Scottish Leaving Certificate Examination, 1959
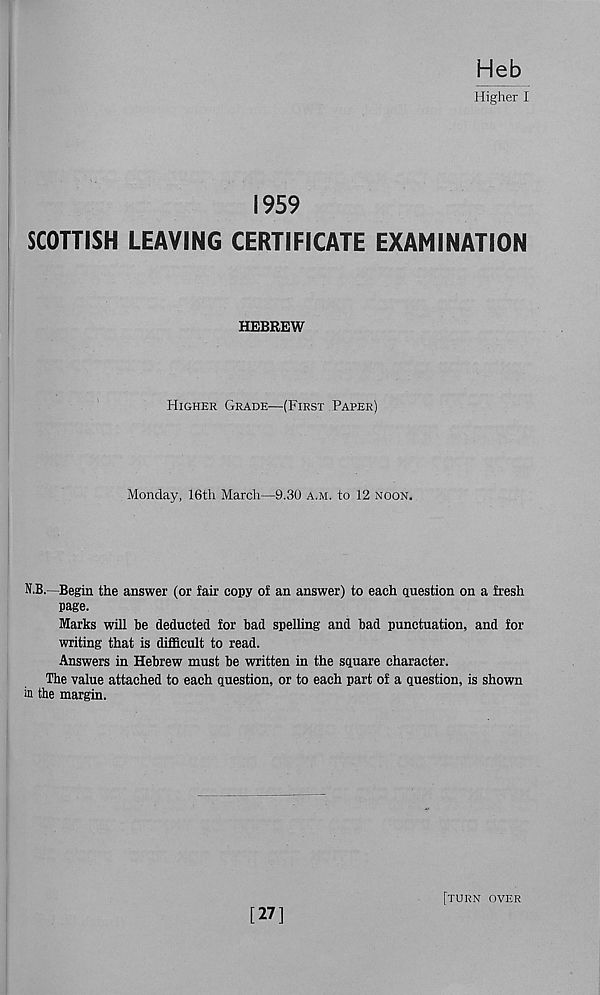
Heb
Higher I
1959
SCOTTISH LEAVING CERTIFICATE EXAMINATION
HEBREW
Higher CxRade—(First Paper)
Monday, 16th March—9.30 a.m. to 12 noon.
N.B.—Begin the answer (or fair copy of an answer) to each question on a fresh
page.
Marks will be deducted for bad spelling and bad punctuation, and for
writing that is difficult to read.
Answers in Hebrew must be written in the square character.
The value attached to each question, or to each part of a question, is shown
in the margin.
[27]
[turn over